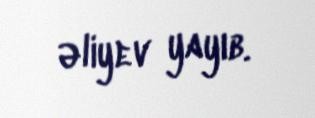
Əliyev yayıb.